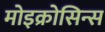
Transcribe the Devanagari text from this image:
मोइक्रोसिन्स